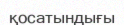
қосатындығы